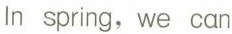
In spring, we can